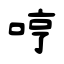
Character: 哼